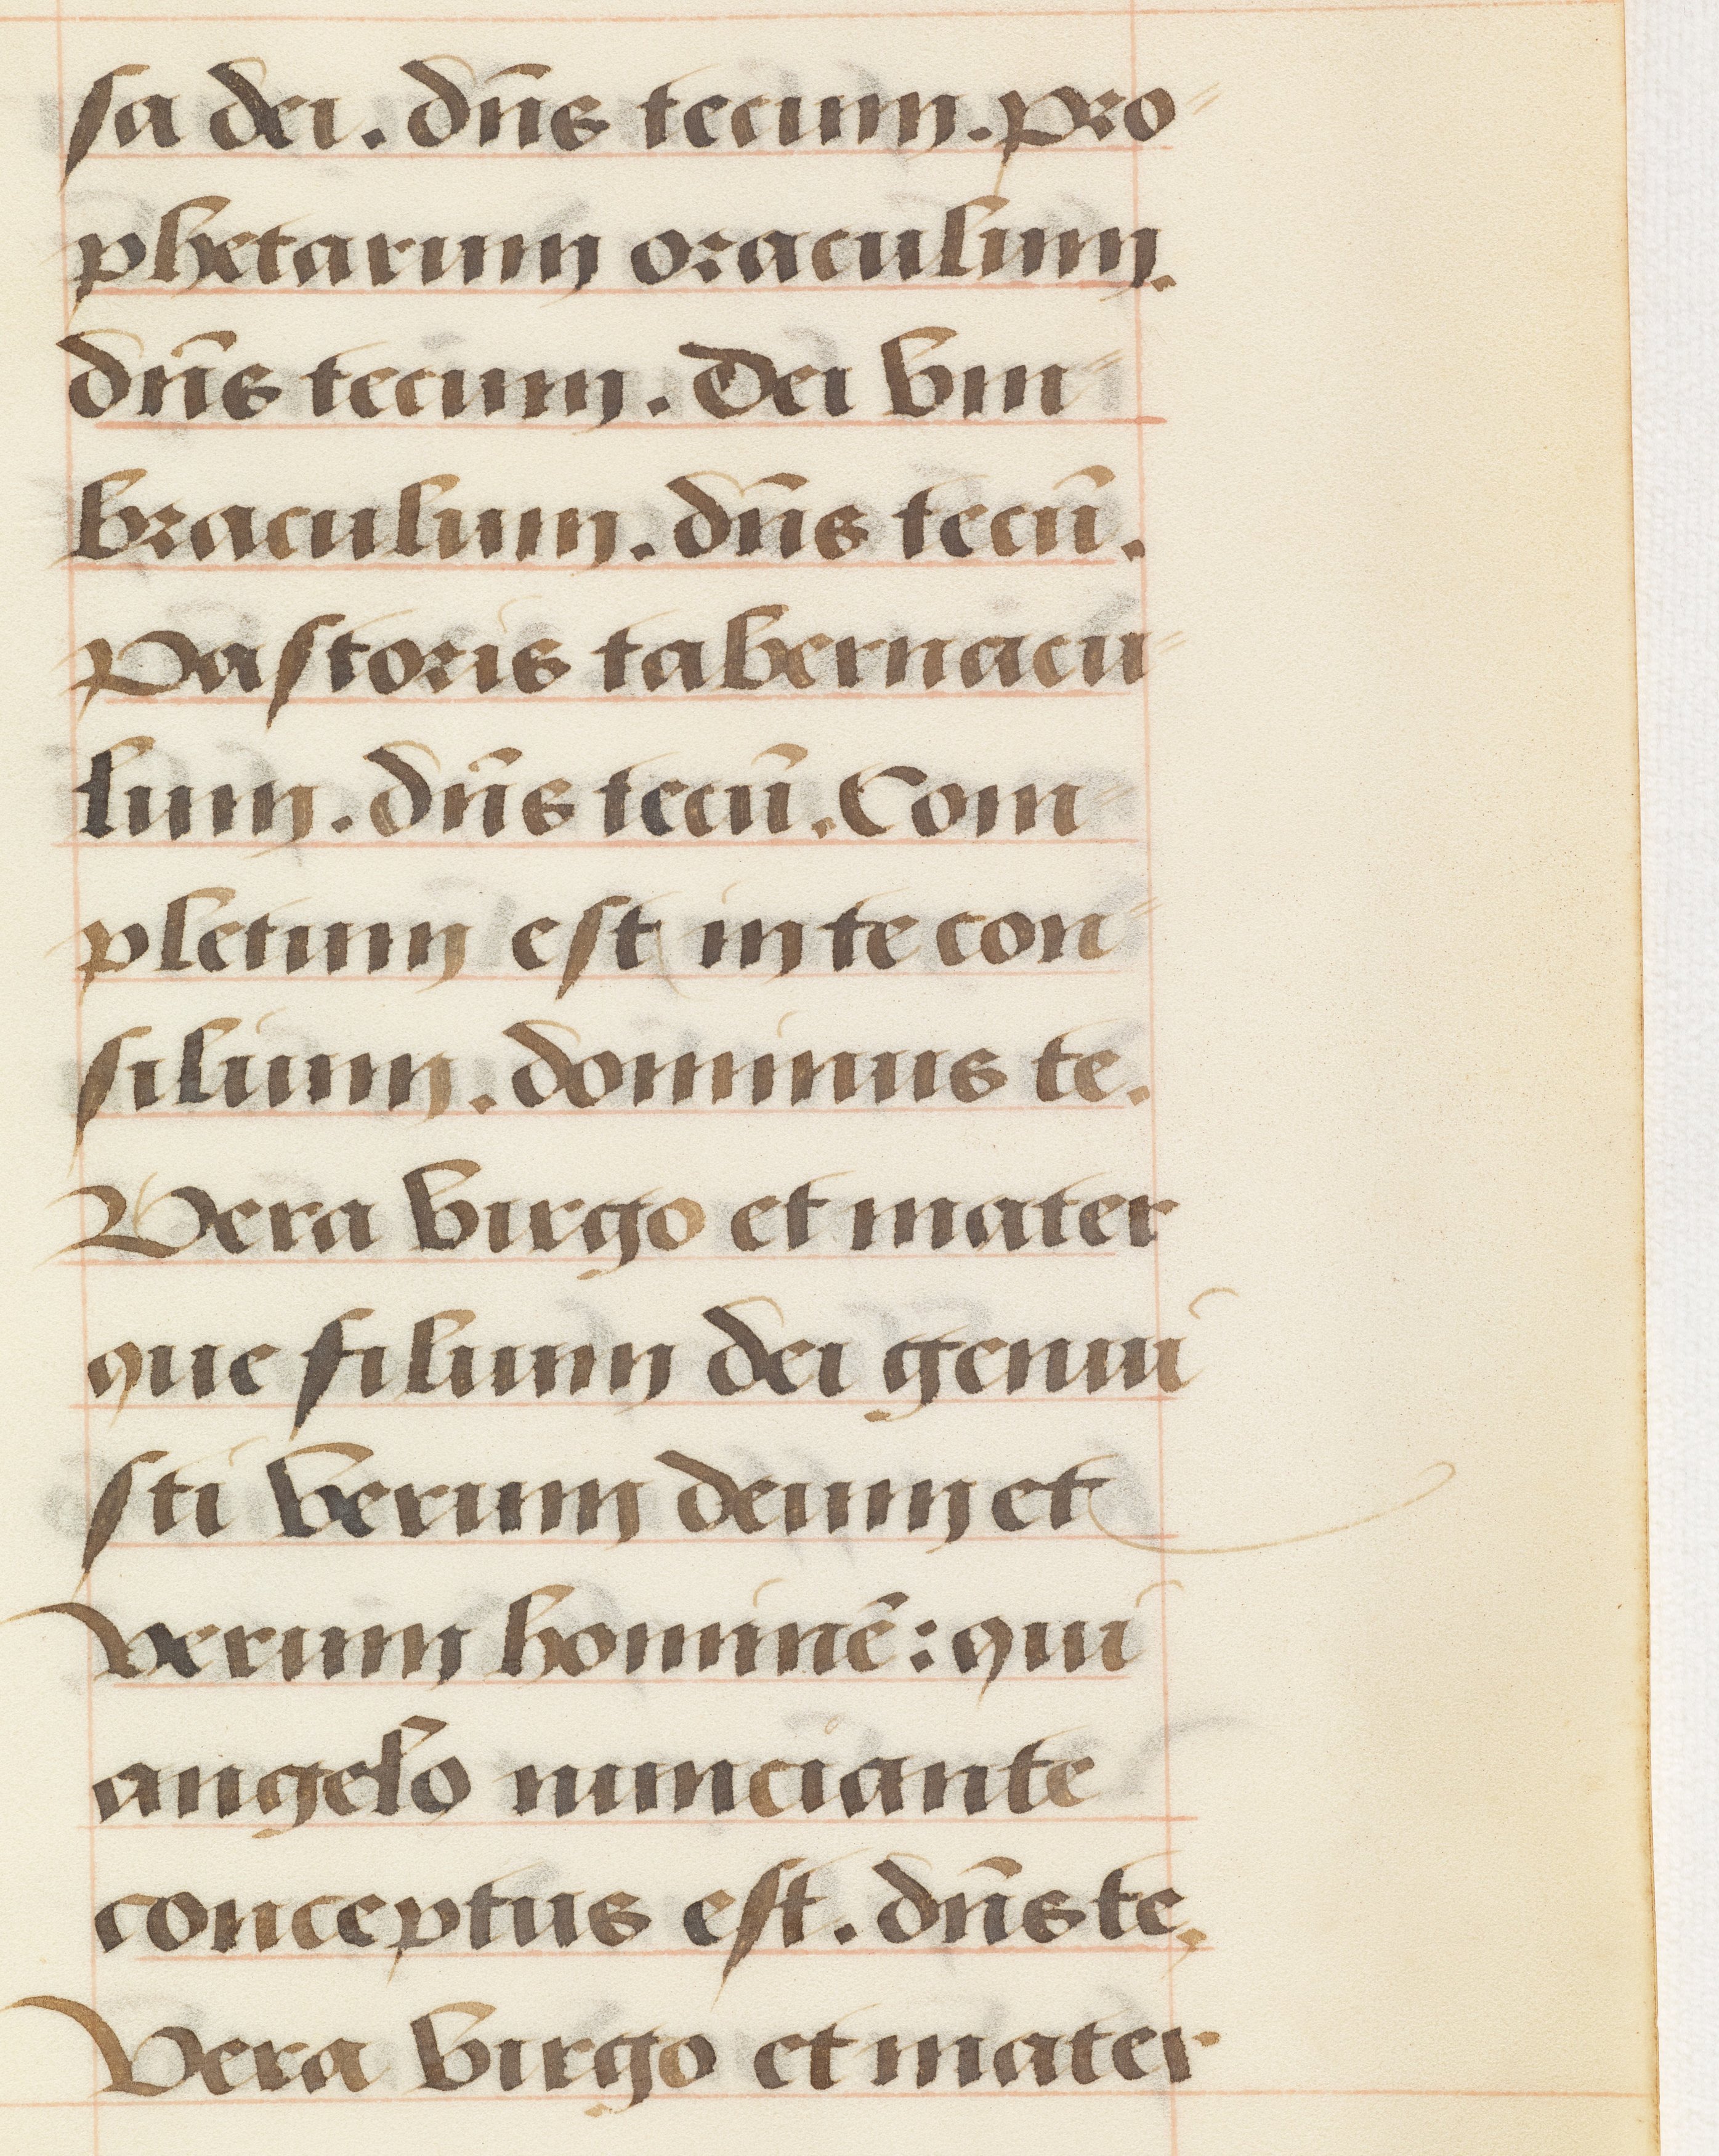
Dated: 1485–1525